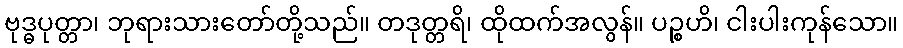
ဗုဒ္ဓပုတ္တာ၊ ဘုရားသားတော်တို့သည်။ တဒုတ္တရိ၊ ထိုထက်အလွန်။ ပဉ္စဟိ၊ ငါးပါးကုန်သော။